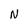
Character: n